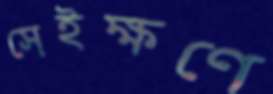
সেইক্ষণে